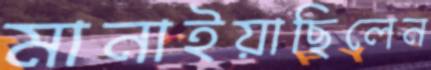
মানাইয়াছিলেন